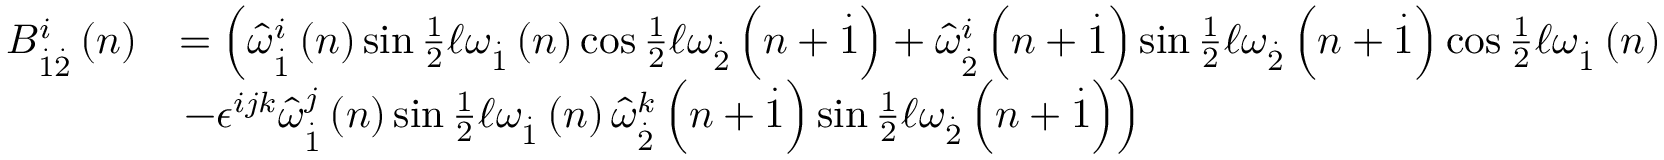
\begin{array} { r l } { B _ { \overset { . } { 1 } \overset { . } { 2 } } ^ { i } \left( n \right) } & { = \left( \widehat { \omega } _ { \overset { . } { 1 } } ^ { i } \left( n \right) \sin \frac { 1 } { 2 } \mathcal { \ell } \omega _ { \overset { . } { 1 } } \left( n \right) \cos \frac { 1 } { 2 } \mathcal { \ell } \omega _ { \overset { . } { 2 } } \left( n + \overset { . } { 1 } \right) + \widehat { \omega } _ { \overset { . } { 2 } } ^ { i } \left( n + \overset { . } { 1 } \right) \sin \frac { 1 } { 2 } \mathcal { \ell } \omega _ { \overset { . } { 2 } } \left( n + \overset { . } { 1 } \right) \cos \frac { 1 } { 2 } \mathcal { \ell } \omega _ { \overset { . } { 1 } } \left( n \right) \right. } \\ & { \left. - \epsilon ^ { i j k } \widehat { \omega } _ { \overset { . } { 1 } } ^ { j } \left( n \right) \sin \frac { 1 } { 2 } \mathcal { \ell } \omega _ { \overset { . } { 1 } } \left( n \right) \widehat { \omega } _ { \overset { . } { 2 } } ^ { k } \left( n + \overset { . } { 1 } \right) \sin \frac { 1 } { 2 } \mathcal { \ell } \omega _ { \overset { . } { 2 } } \left( n + \overset { . } { 1 } \right) \right) } \end{array}